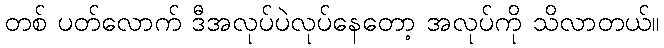
တစ် ပတ်လောက် ဒီအလုပ်ပဲလုပ်နေတော့ အလုပ်ကို သိလာတယ်။